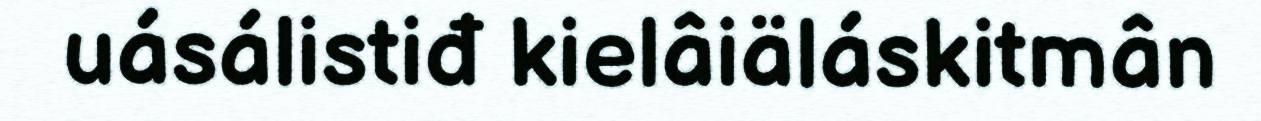
uásálistiđ kielâiäláskitmân